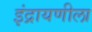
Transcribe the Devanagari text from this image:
इंद्रायणीला